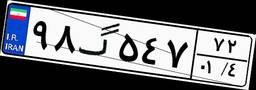
۹۸گ۵۴۷۷۲